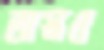
অস্ত্রও